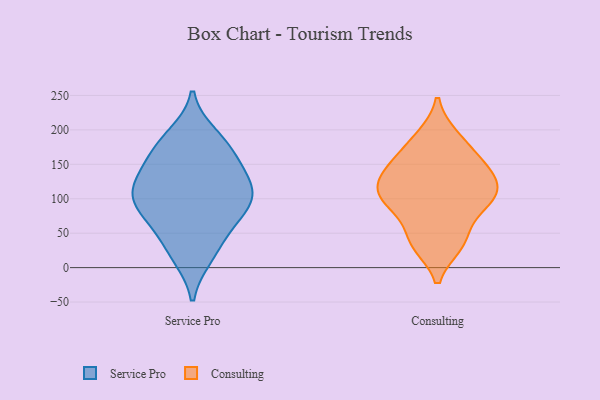
{"axis": {"x": "Gross Profit (USD K)", "y": "Value"}, "legend": ["Consulting", "Service Pro"], "data": [{"x": "", "y": 113, "type": "Service Pro"}, {"x": "", "y": 192, "type": "Service Pro"}, {"x": "", "y": 113, "type": "Service Pro"}, {"x": "", "y": 148, "type": "Service Pro"}, {"x": "", "y": 98, "type": "Service Pro"}, {"x": "", "y": 16, "type": "Service Pro"}, {"x": "", "y": 179, "type": "Service Pro"}, {"x": "", "y": 20, "type": "Service Pro"}, {"x": "", "y": 62, "type": "Service Pro"}, {"x": "", "y": 96, "type": "Service Pro"}, {"x": "", "y": 79, "type": "Service Pro"}, {"x": "", "y": 52, "type": "Service Pro"}, {"x": "", "y": 118, "type": "Service Pro"}, {"x": "", "y": 155, "type": "Service Pro"}, {"x": "", "y": 180, "type": "Service Pro"}, {"x": "", "y": 135, "type": "Service Pro"}, {"x": "", "y": 91, "type": "Service Pro"}, {"x": "", "y": 145, "type": "Consulting"}, {"x": "", "y": 120, "type": "Consulting"}, {"x": "", "y": 163, "type": "Consulting"}, {"x": "", "y": 99, "type": "Consulting"}, {"x": "", "y": 102, "type": "Consulting"}, {"x": "", "y": 131, "type": "Consulting"}, {"x": "", "y": 41, "type": "Consulting"}, {"x": "", "y": 88, "type": "Consulting"}, {"x": "", "y": 34, "type": "Consulting"}, {"x": "", "y": 190, "type": "Consulting"}]}